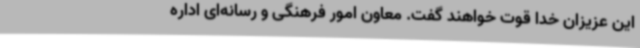
این عزیزان خدا قوت خواهند گفت. معاون امور فرهنگی و رسانه‌ای اداره